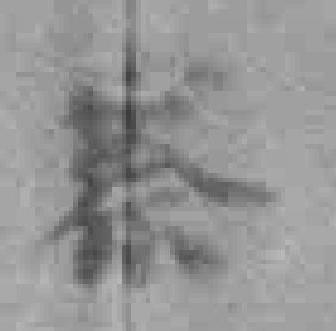
察